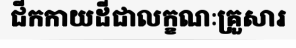
ជីកកាយដីជាលក្ខណៈគ្រួសារ